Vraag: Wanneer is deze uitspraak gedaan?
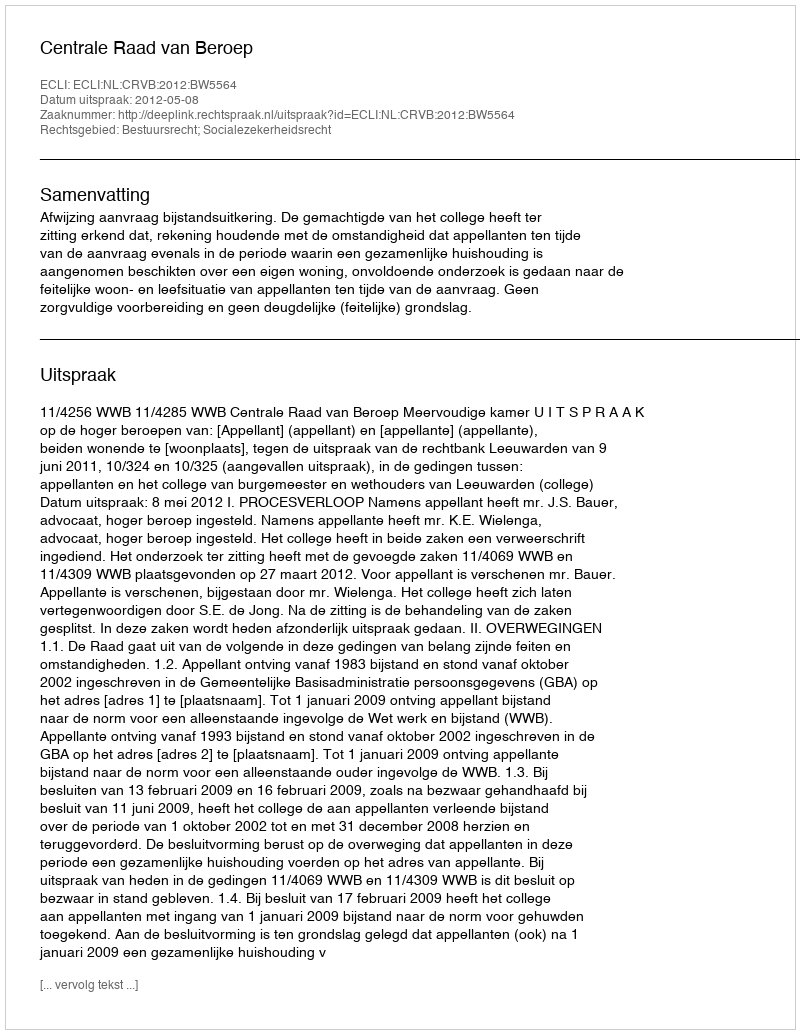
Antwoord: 2012-05-08